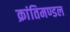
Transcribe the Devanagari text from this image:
क्रांतिमण्डल